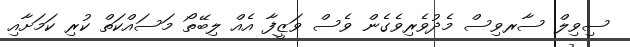
ސިވިލް ސާރވިސް މެދުވެރިވެގެން ވެސް ވަޒީފާ އެއް ލިބޭތޯ މަސައްކަތް ކުރި ކަމަށާއި